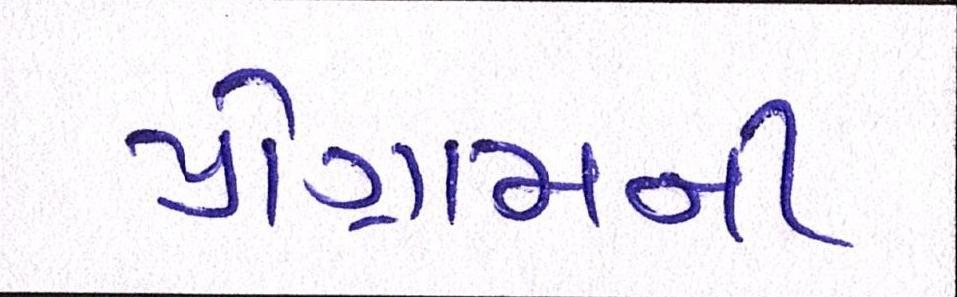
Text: પ્રોગ્રામની